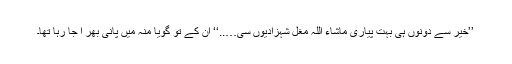
’’خیر سے دونوں ہی بہت پیاری ماشاء اللہ مغل شہزادیوں سی…..‘‘ ان کے تو گویا منہ میں پانی بھر ا جا رہا تھا۔